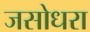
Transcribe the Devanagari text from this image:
जसोधरा